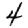
Digit: 4